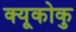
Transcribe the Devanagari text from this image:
क्यूकोकु